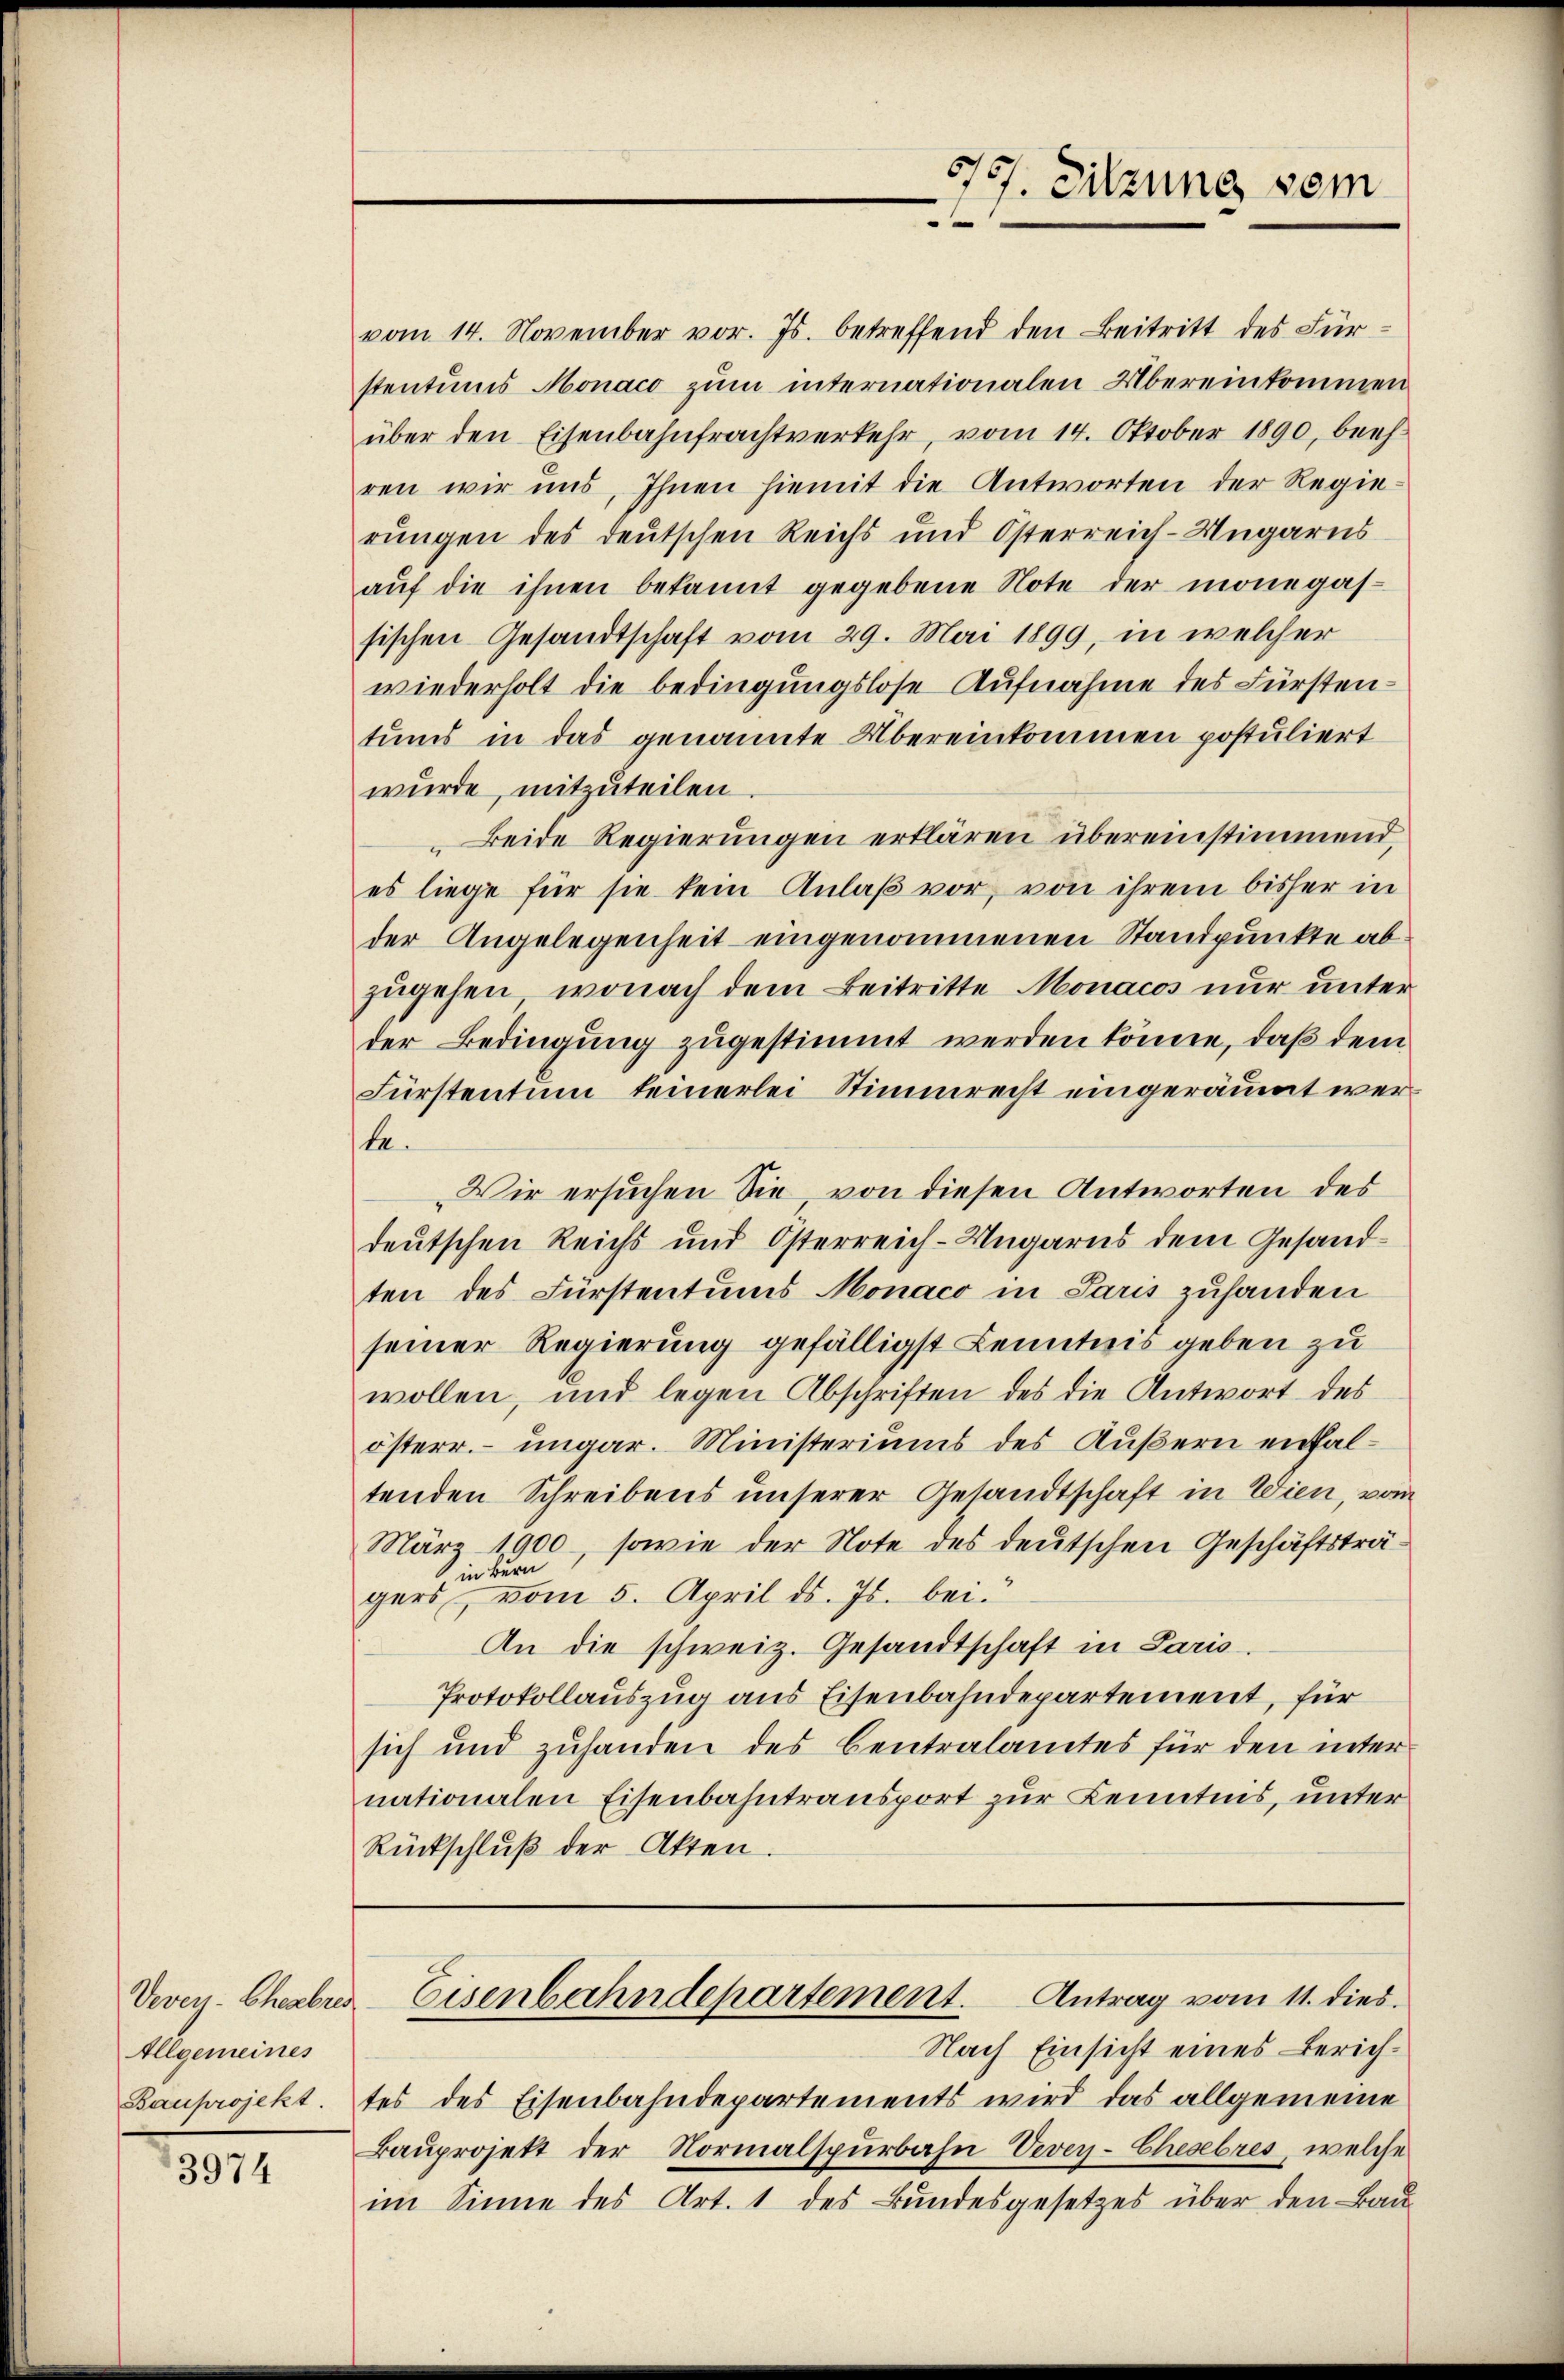
Vevey- Eheabred
Allgemeines
Bauprojekt.

3974

vom 14. November vor. Js. betreffend den Beitritt des Fürstentums Monaco zum internationalen Übereinkommen
über den Eisenbahnfrachtverkehr, vom 14. Oktober 1890, beeh
ren wir uns, Ihnen hiemit die Antworten der Regierungen des deutschen Reichs und Österreich-Ungarns
aŭf die ihnen bekannt gegebene Note der mone gassischen Gesandtschaft vom 29. Mai 1899, in welcher
wiederholt die bedingungslose Aufnahme des Fürstentums in das genannte Übereinkommen postuliert
wurde, mitzuteilen
Beide Regierungen erklären übereinstimmend,
es liege für sie kein Anlaβ vor, von ihrem bisher in
der Angelegenheit eingenommenen Standpunkte abzugehen, wonach dem Beitritte Monacos nur unter
der Bedingung zugestimmt werden könne, daß dem
Fürstentum keinerlei Stimmrecht eingeräumt werte.
Wir ersuchen Sie, von diesen Antworten des
deutschen Reichs und Österreich-Ungarns dem Gesandten des Fürstentums Monaco in Paris zuhanden
seiner Regierung gefälligst Kenntnis geben zu
wollen, und legen Abschriften des die Antwort des
österr. ungar. Ministeriums des Äußern enthaltenden Schreibens unserer Gesandtschaft in Wien, vom
März 1900 sowie der Note des deutschen Geschäftsträ¬
 in Bern
gers vom 5. April d. Js. bei.
An die schweiz. Gesandtschaft in Paris.
Protokollauszug aus Eisenbahndepartement, für
sich und zuhanden des Centralamtes für den internationalen Eisenbahntransport zur Kenntnis, unter
Rückschlŭβ der Akten.

570. Sitzung vom

tes des Eisenbahndepartements wird das allgemeine
Bauprojekt der Normalspurbahn Vevey-Chesebres, welche
im Sinne des Art. 1 des Bundesgesetzes über den Bau¬

Eisenbahndepartement. Antrag vom 11. dies
Nach Einsicht eines Zürich¬